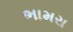
ભામરા